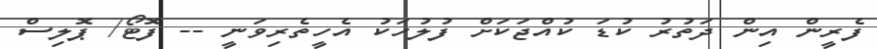
ފެރީން އިން ދަތުރު ކުޑަ ކުއްޖަކަށް ފުލުހަކު އެހީތެރިވަނީ -- ފޮޓޯ/ ޕޮލިސް